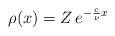
LaTeX: \begin{align*}\rho(x)=Z \, e^{-\frac c\nu x}\, \end{align*}